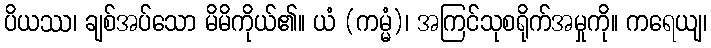
ပိယဿ၊ ချစ်အပ်သော မိမိကိုယ်၏။ ယံ (ကမ္မံ)၊ အကြင်သုစရိုက်အမှုကို။ ကရေယျ၊